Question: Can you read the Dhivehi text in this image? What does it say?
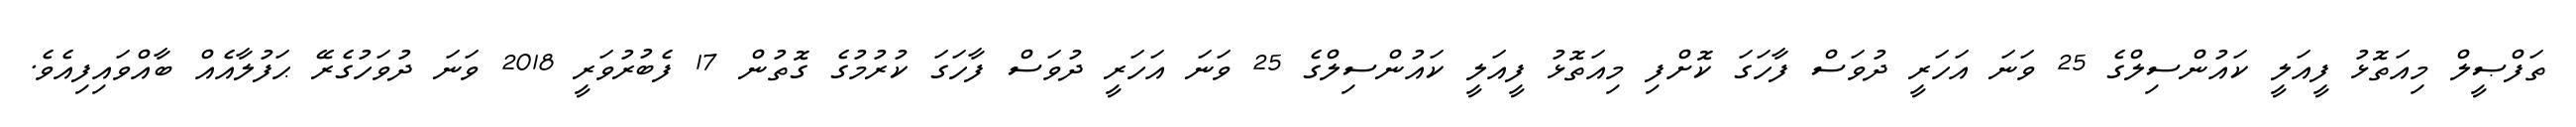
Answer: ތަފްޞީލް މިއަތޮޅު ފީއަލީ ކައުންސިލްގެ 25 ވަނަ އަހަރީ ދުވަސް ފާހަގަ ކޮށްފި މިއަތޮޅު ފީއަލީ ކައުންސިލްގެ 25 ވަނަ އަހަރީ ދުވަސް ފާހަގަ ކުރުމުގެ ގޮތުން 17 ފެބުރުވަރީ 2018 ވަނަ ދުވަހުގެރޭ ޙަފުލާއެއް ބާއްވައިފިއެވެ.